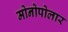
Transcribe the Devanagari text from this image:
मोनोपोलार